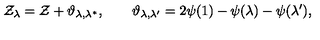
\mathcal { Z } _ { \lambda } = \mathcal { Z } + \vartheta _ { \lambda , \lambda ^ { * } } , \qquad \vartheta _ { \lambda , \lambda ^ { \prime } } = 2 \psi ( 1 ) - \psi ( \lambda ) - \psi ( \lambda ^ { \prime } ) ,